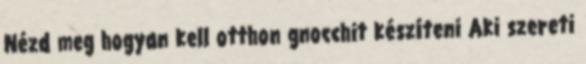
Nézd meg hogyan kell otthon gnocchit készíteni Aki szereti